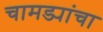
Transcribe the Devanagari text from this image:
चामड्यांचा